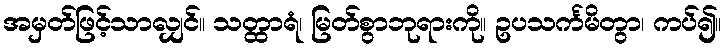
အမှတ်ဖြင့်သာလျှင်။ သတ္ထာရံ၊ မြတ်စွာဘုရားကို။ ဥပသင်္ကမိတွာ၊ ကပ်၍။